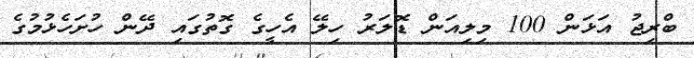
ބްރިޖު އަޅަން 100 މިލިއަން ޑޮލަރު ހިލޭ އެހީގެ ގޮތުގައި ދޭން ހުށަހެޅުމުގެ